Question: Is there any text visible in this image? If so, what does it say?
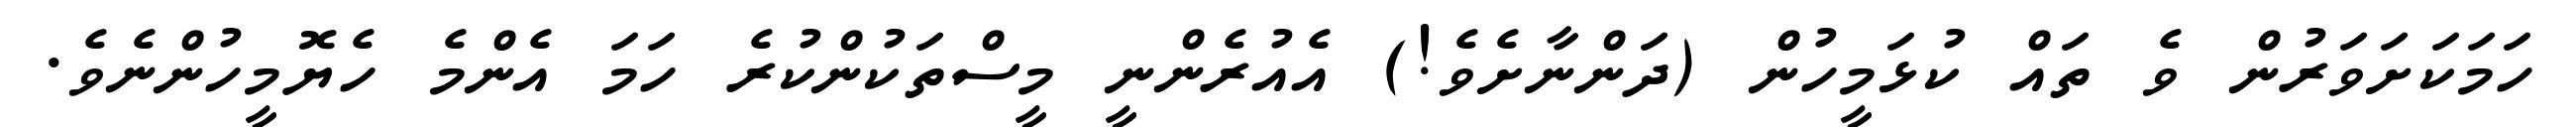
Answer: ހަމަކަށަވަރުން ވެ ތައް ކުޅަމީހުން (ދަންނާށެވެ!) އެއުރެންނީ މީސްތަކުންކުރެ ހަމަ އެންމެ ހެޔޮމީހުންނެވެ.